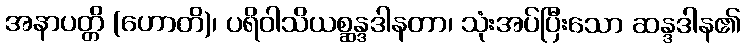
အနာပတ္တိ (ဟောတိ)၊ ပရိဝါသိယစ္ဆန္ဒဒါနတာ၊ သုံးအပ်ပြီးသော ဆန္ဒဒါန၏